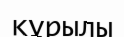
құрылы